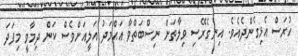
ހުރަސް އެޅިގެންދެއެވެ. އިނގެރޭސި ވިލާތަށް ނިސްބަތްވާ އަޙްމަދު އަލީއަށްވެސް ކަން ދިމާވީ މިފަދަ